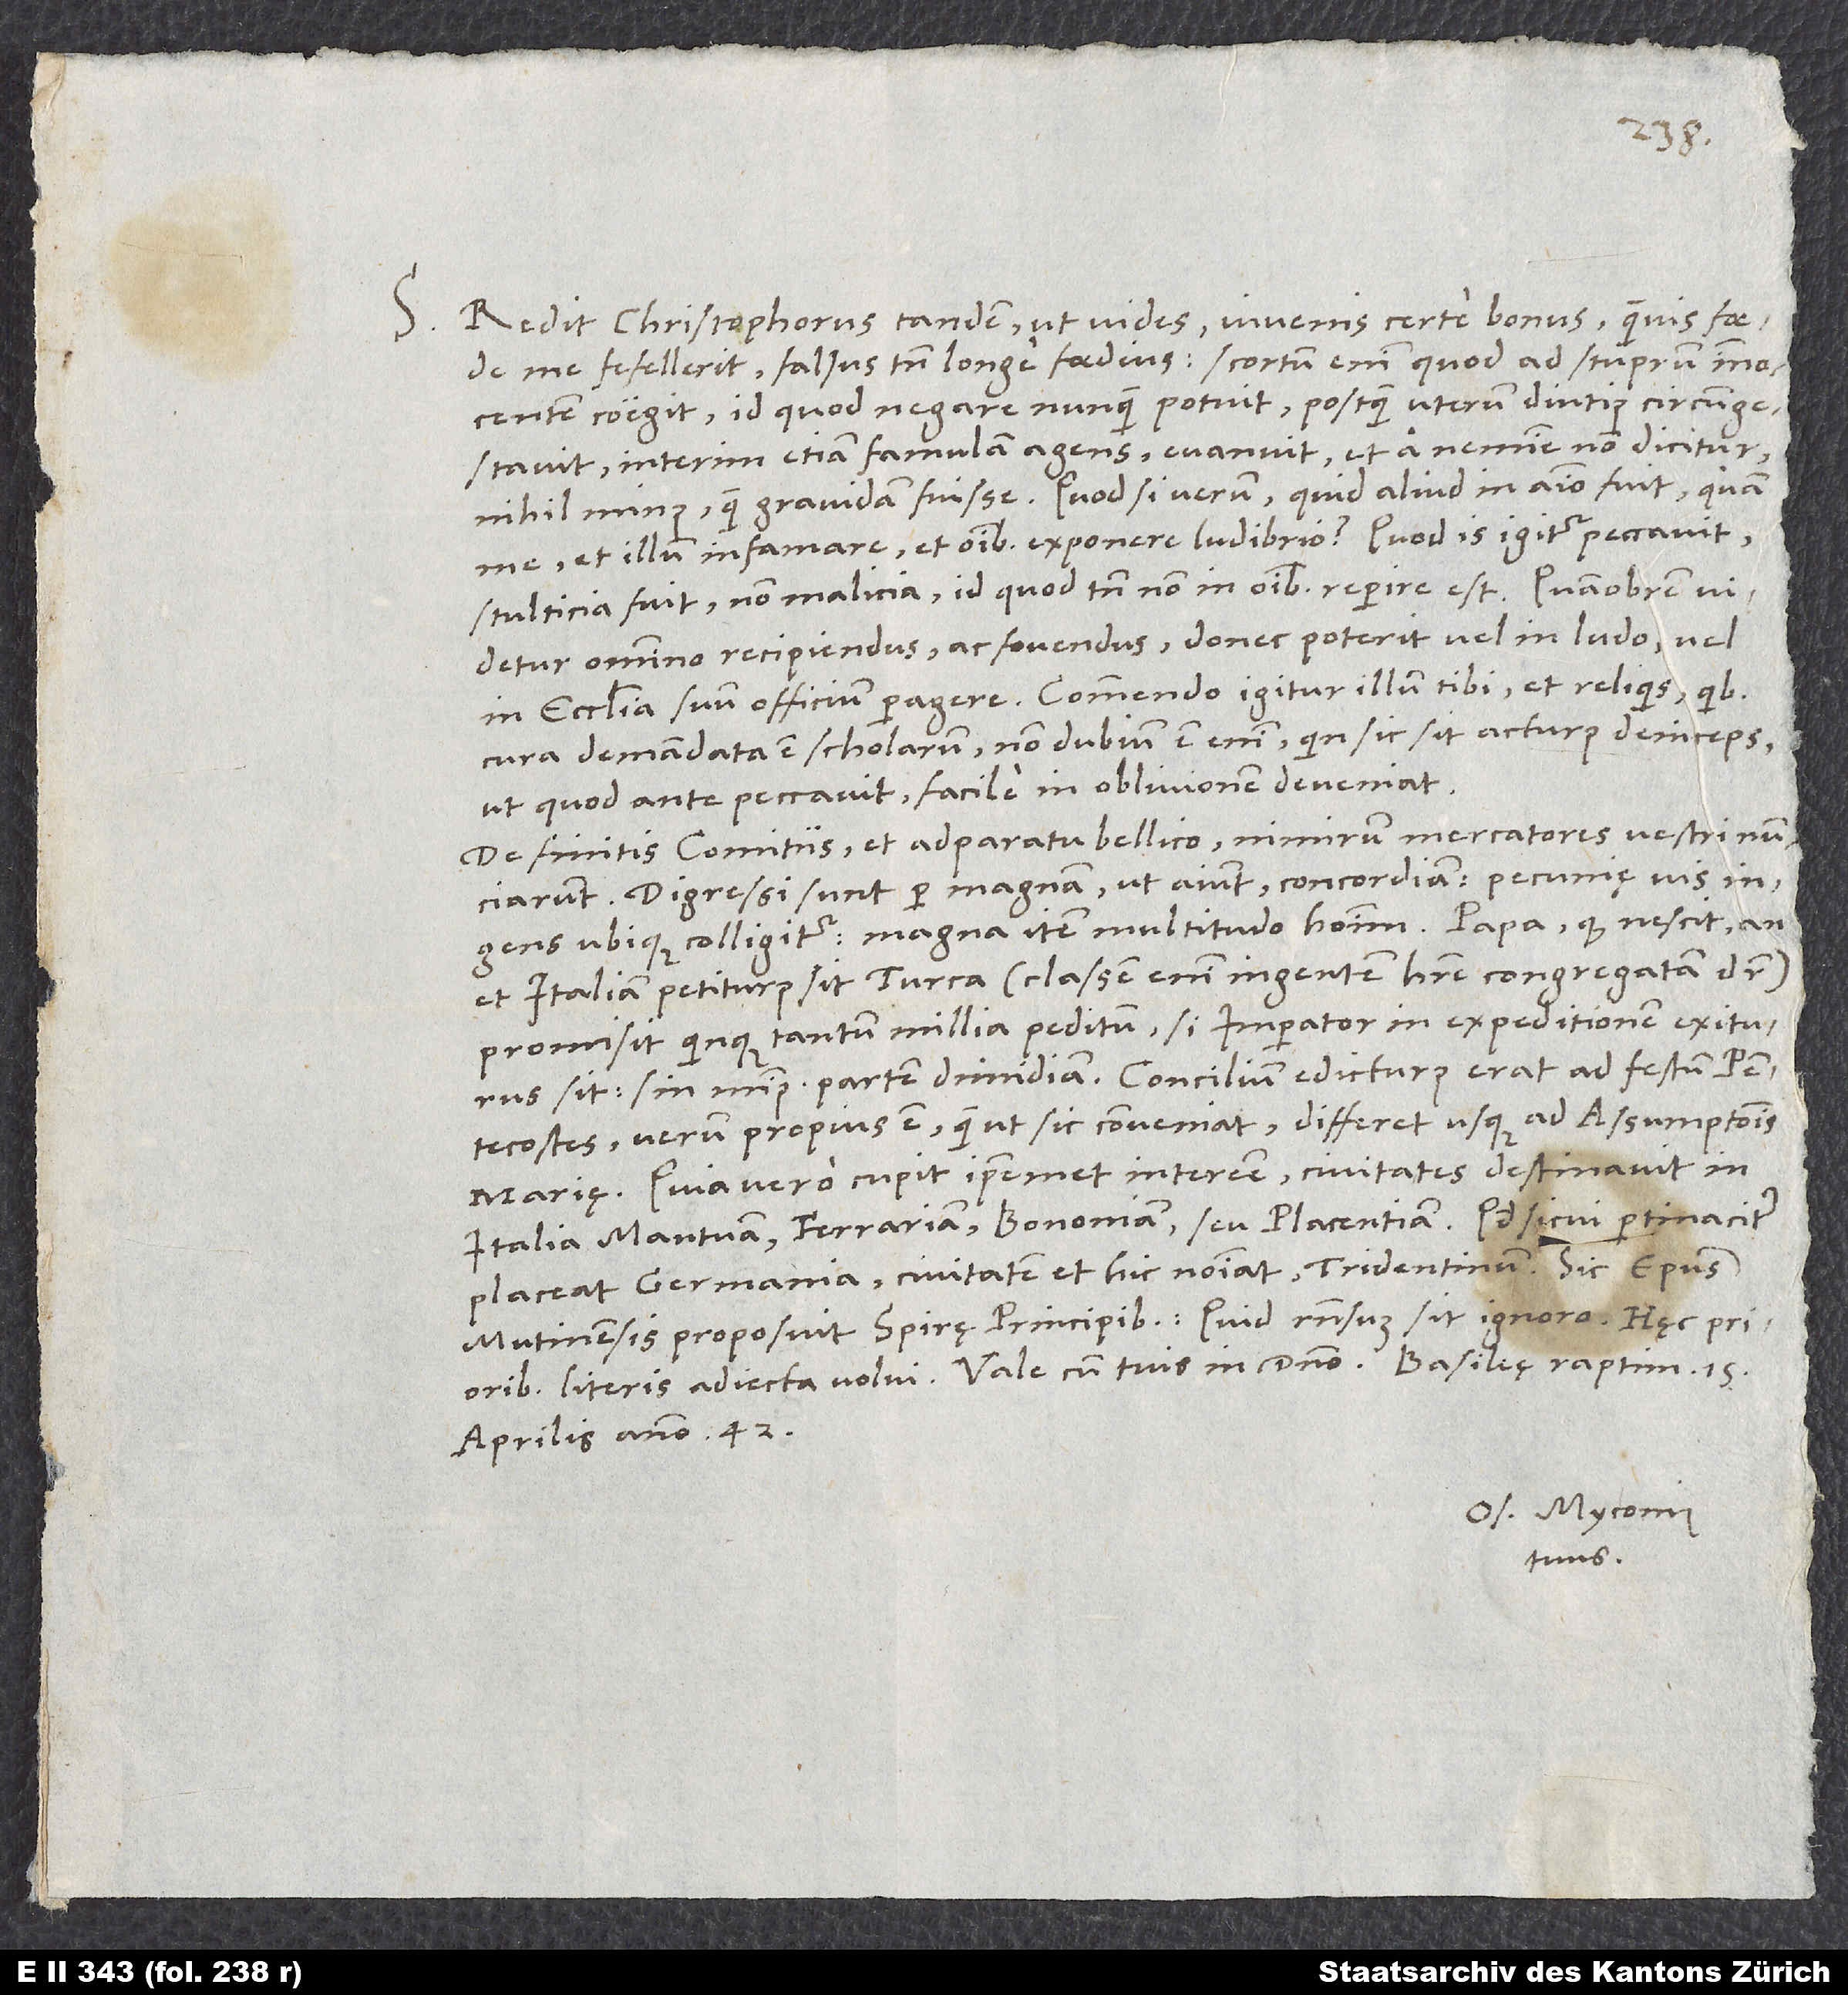
S.

Redit Christophorus tandem, ut vides, iuvenis certe bonus, quamvis foede
me fefellerit, falsus tamen longe foedius; scortum enim, quod ad stuprum innocentem
coegit, id quod negare nunquam potuit, postquam uterum diutius circumgestavit,
interim etiam famulam agens, evanuit et a nemine non dicitur
nihil minus quam gravidam fuisse. Quod si verum, quid aliud in animo fuit quam
stulticia fuit, non malicia, id quod tamen non in omnibus reperire est. Quamobrem videtur
omnino recipiendus ac fovendus, donec poterit vel in ludo vel
in ecclesia suum officium peragere. Commendo igitur illum tibi et reliquis, quibus
cura demandata est scholarum; non dubium est enim, quin sic sit acturus deinceps,
ut, quod ante peccavit, facile in oblivionem deveniat.
De finitis comitiis et adparatu bellico nimirum mercatores vestri nunciarunt.
Digressi sunt per magnam, ut aiunt, concordiam; pecunię vis
ingens ubique colligitur, magna item multitudo hominum. Papa, quod nescit, an
et Italiam petiturus sit Turca (classem enim ingentem habere congregatam dicitur),
promisit quinque tantum millia peditum, si imperator in expeditionem exiturus
pentecostes, verum propius est, quam ut sic conveniat; differet usque ad assumptionis
Marię. Quia vero cupit ipsemet interesse, civitates destinavit in
Italia Mantuam, Ferrariam, Bononiam seu Placentiam. Quodsi cui pertinaciter
placeat Germania, civitatem et hic nominat, Tridentinum. Sic episcopus
Mutinensis proposuit Spirę principibus. Quid responsum sit, ignoro. Hęc prioribus
aprilis anno 42.
Os. Myconius
tuus.